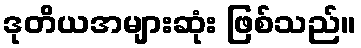
ဒုတိယအများဆုံး ဖြစ်သည်။